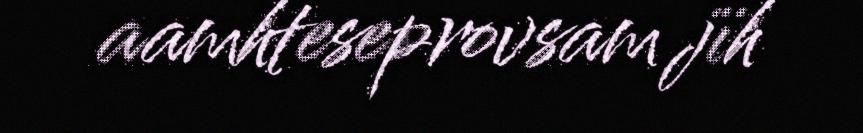
aamhteseprovsam jïh